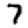
Digit: 7